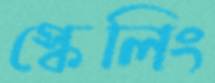
স্কেলিং